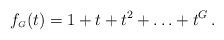
LaTeX: \begin{align*} f_{\scriptscriptstyle G}(t) = 1+t+t^2+\ldots + t^G \,.\end{align*}